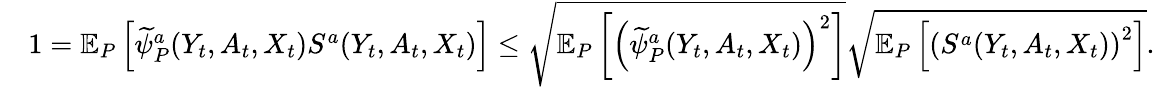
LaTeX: \begin{array}{rl}&{1=\mathbb{E}_{P}\left[\widetilde{\psi}_{P}^{a}(Y_{t},A_{t},X_{t})S^{a}(Y_{t},A_{t},X_{t})\right]\leq\sqrt{\mathbb{E}_{P}\left[\left(\widetilde{\psi}_{P}^{a}(Y_{t},A_{t},X_{t})\right)^{2}\right]}\sqrt{\mathbb{E}_{P}\left[\left(S^{a}(Y_{t},A_{t},X_{t})\right)^{2}\right]}.}\end{array}